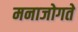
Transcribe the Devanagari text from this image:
मनाजोगते